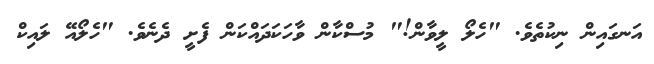
އަނގައިން ނިކުތެވެ. "ހެލޯ ލީވާން!" މުސްކާން ވާހަކަދައްކަން ފެށީ ދެނެވެ. "ހެލޯއޭ ލައިކް